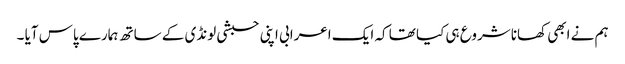
ہم نے ابھی کھانا شروع ہی کیا تھا کہ ایک اعرابی اپنی حبشی لونڈی کے ساتھ ہمارے پاس آیا ۔